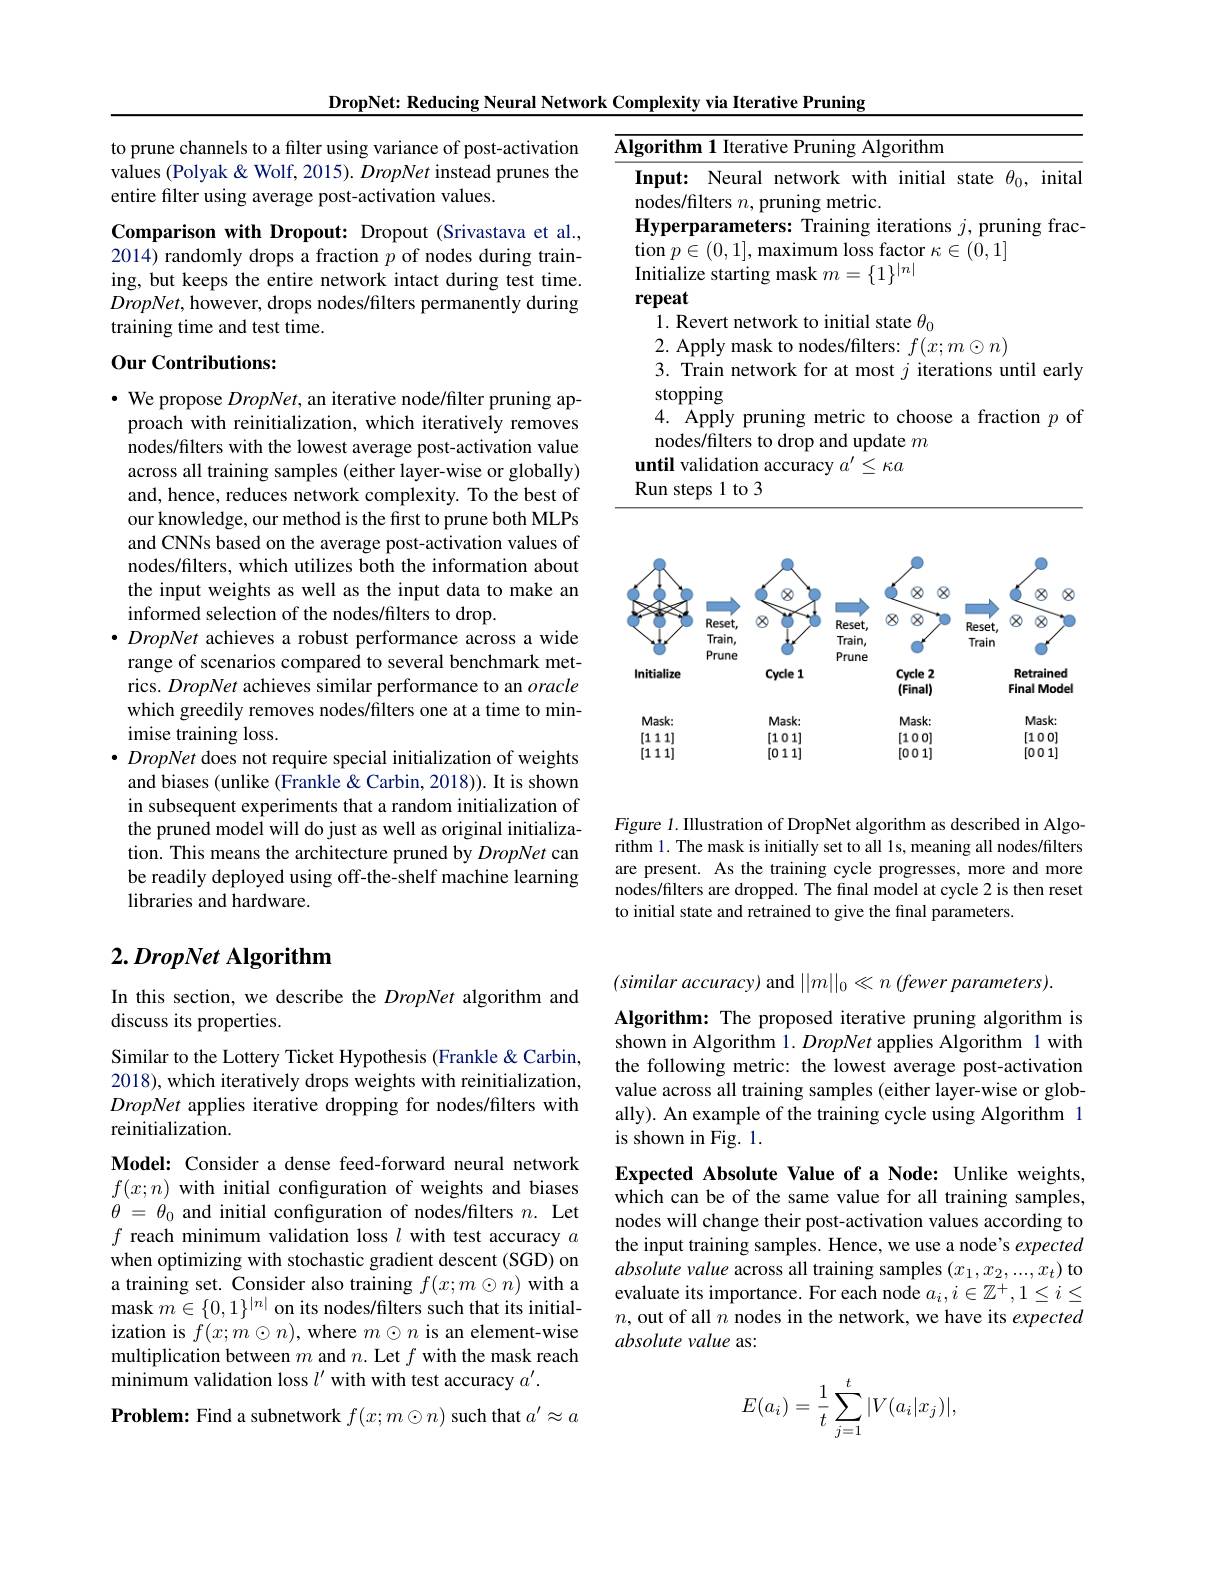
to prune channels to a filter using variance of post-activation values (Polyak & Wolf, 2015). DropNet instead prunes the entire filter using average post-activation values.

Comparison with Dropout: Dropout (Srivastava et al., 2014) randomly drops a fraction $p$ of nodes during training, but keeps the entire network intact during test time. $DropNet$, however, drops nodes/filters permanently during training time and test time.

## Our Contributions:

$\cdot$ We propose DropNet, an iterative node/filter pruning ap-
proach with reinitialization, which iteratively removes nodes/filters with the lowest average post-activation value across all training samples (either layer-wise or globally) and, hence, reduces network complexity. To the best of our knowledge, our method is the first to prune both MLPs and CNNs based on the average post-activation values of nodes/filters, which utilizes both the information about the input weights as well as the input data to make an $\hat{\text{informed selection of the nodes/filters to drop.}}$
$\bullet DropNet$ achieves a robust performance across a wide
range of scenarios compared to several benchmark metrics. DropNet achieves similar performance to an oracle which greedily removes nodes/filters one at a time to minimise training loss.
$\bullet$ DropNet does not require special initialization of weights
and biases (unlike (Frankle &Carbin, 2018)). It is shown in subsequent experiments that a random initialization of the pruned model will do just as well as original initialization. This means the architecture pruned by DropNet can be readily deployed using off-the-shelf machine learning libraries and hardware.

# $2. \textit{DropNet Algorithm}$

In this section, we describe the DropNet algorithm and
discuss its properties.

Similar to the Lottery Ticket Hypothesis (Frankle &Carbin, 2018), which iteratively drops weights with reinitialization, DropNet applies iterative dropping for nodes/filters with reinitialization.

Model: Consider a dense feed-forward neural network $f(x;n)$ with initial configuration of weights and biases $\theta$ = $\theta _0$ and initial configuration of nodes/filters $n.$ Let $f$ reach minimum validation loss $l$ with test accuracy $a$ when optimizing with stochastic gradient descent (SGD) on a training set. Consider also training $f(x;m\odot n)$ with a mask $m\in\{0,1\}^|n|$ on its nodes/filters such that its initialization is $f(x;m\odot n)$,where $m\odot n$ is an element-wise multiplication between $m$ and $n.$ Let $f$ with the mask reach minimum validation loss $l^{\prime}$ with with test accuracy $a^{\prime}.$

Problem: Find a subnetwork $f(x;m\odot n)$ such that $a^\prime\approx a$

DropNet: Reducing Neural Network Complexity via Iterative Pruning
<table>
	<tbody>
		<tr>
			<td>$\overline{A}$</td>
			<td>rithm 1 Iterative Pruning Algorithm</td>
		</tr>
	</tbody>
</table>

<FigureHere>

Figure 1. Illustration of DropNet algorithm as described in Algorithm 1. The mask is initially set to all 1s, meaning all nodes/filters are present. As the training cycle progresses, more and more nodes/filters are dropped. The final model at cycle 2 is then reset to initial state and retrained to give the final parameters.

$(similaraccuracy)$ and $||m||_0\ll n$ (fewer parameters).

Algorithm: The proposed iterative pruning algorithm is shown in Algorithm 1. DropNet applies Algorithm 1 with the following metric: the lowest average post-activation value across all training samples (either layer-wise or globally). An example of the training cycle using Algorithm 1 is shown in Fig. 1.

Expected Absolute Value of a Node: Unlike weights, which can be of the same value for all training samples, nodes will change their post-activation values according to the input training samples. Hence, we use a node's expected absolute value across all training samples $(x_1,x_2,...,x_t)$ to evaluate its importance. For each node $a_i,i\in\mathbb{Z}^+,1\leq i\leq$ $n$,out of all $n$ nodes in the network, we have its expected absolute value as:
$$E(a_i)=\dfrac{1}{t}\sum_{j=1}^t|V(a_i|x_j)|,$$